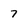
Character: 7